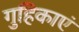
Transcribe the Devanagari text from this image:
गुहिकाएं